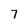
Character: 7